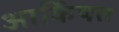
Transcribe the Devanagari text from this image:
आर्किषत